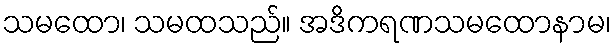
သမထော၊ သမထသည်။ အဒိကရဏသမထောနာမ၊